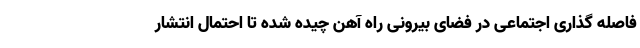
فاصله گذاری اجتماعی در فضای بیرونی راه آهن چیده شده تا احتمال انتشار